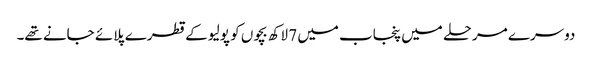
دوسرے مرحلے میں پنجاب میں 7 لاکھ بچوں کو پولیو کے قطرے پلائے جانے تھے۔